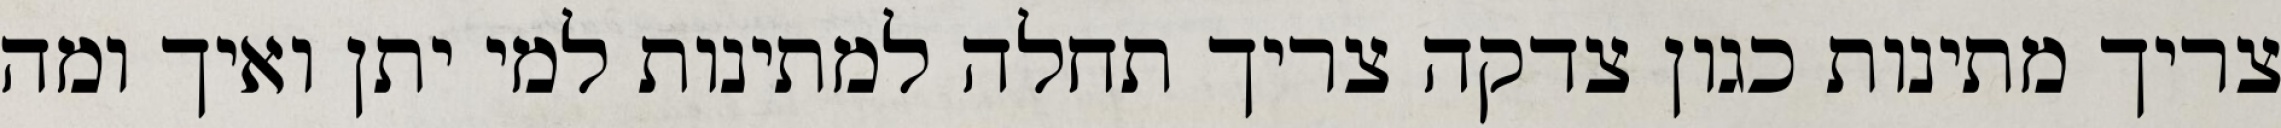
צריך מתינות כגון צדקה צריך תחלה למתינות למי יתן ואיך ומה